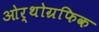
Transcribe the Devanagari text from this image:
ओर्थोग्रफिक